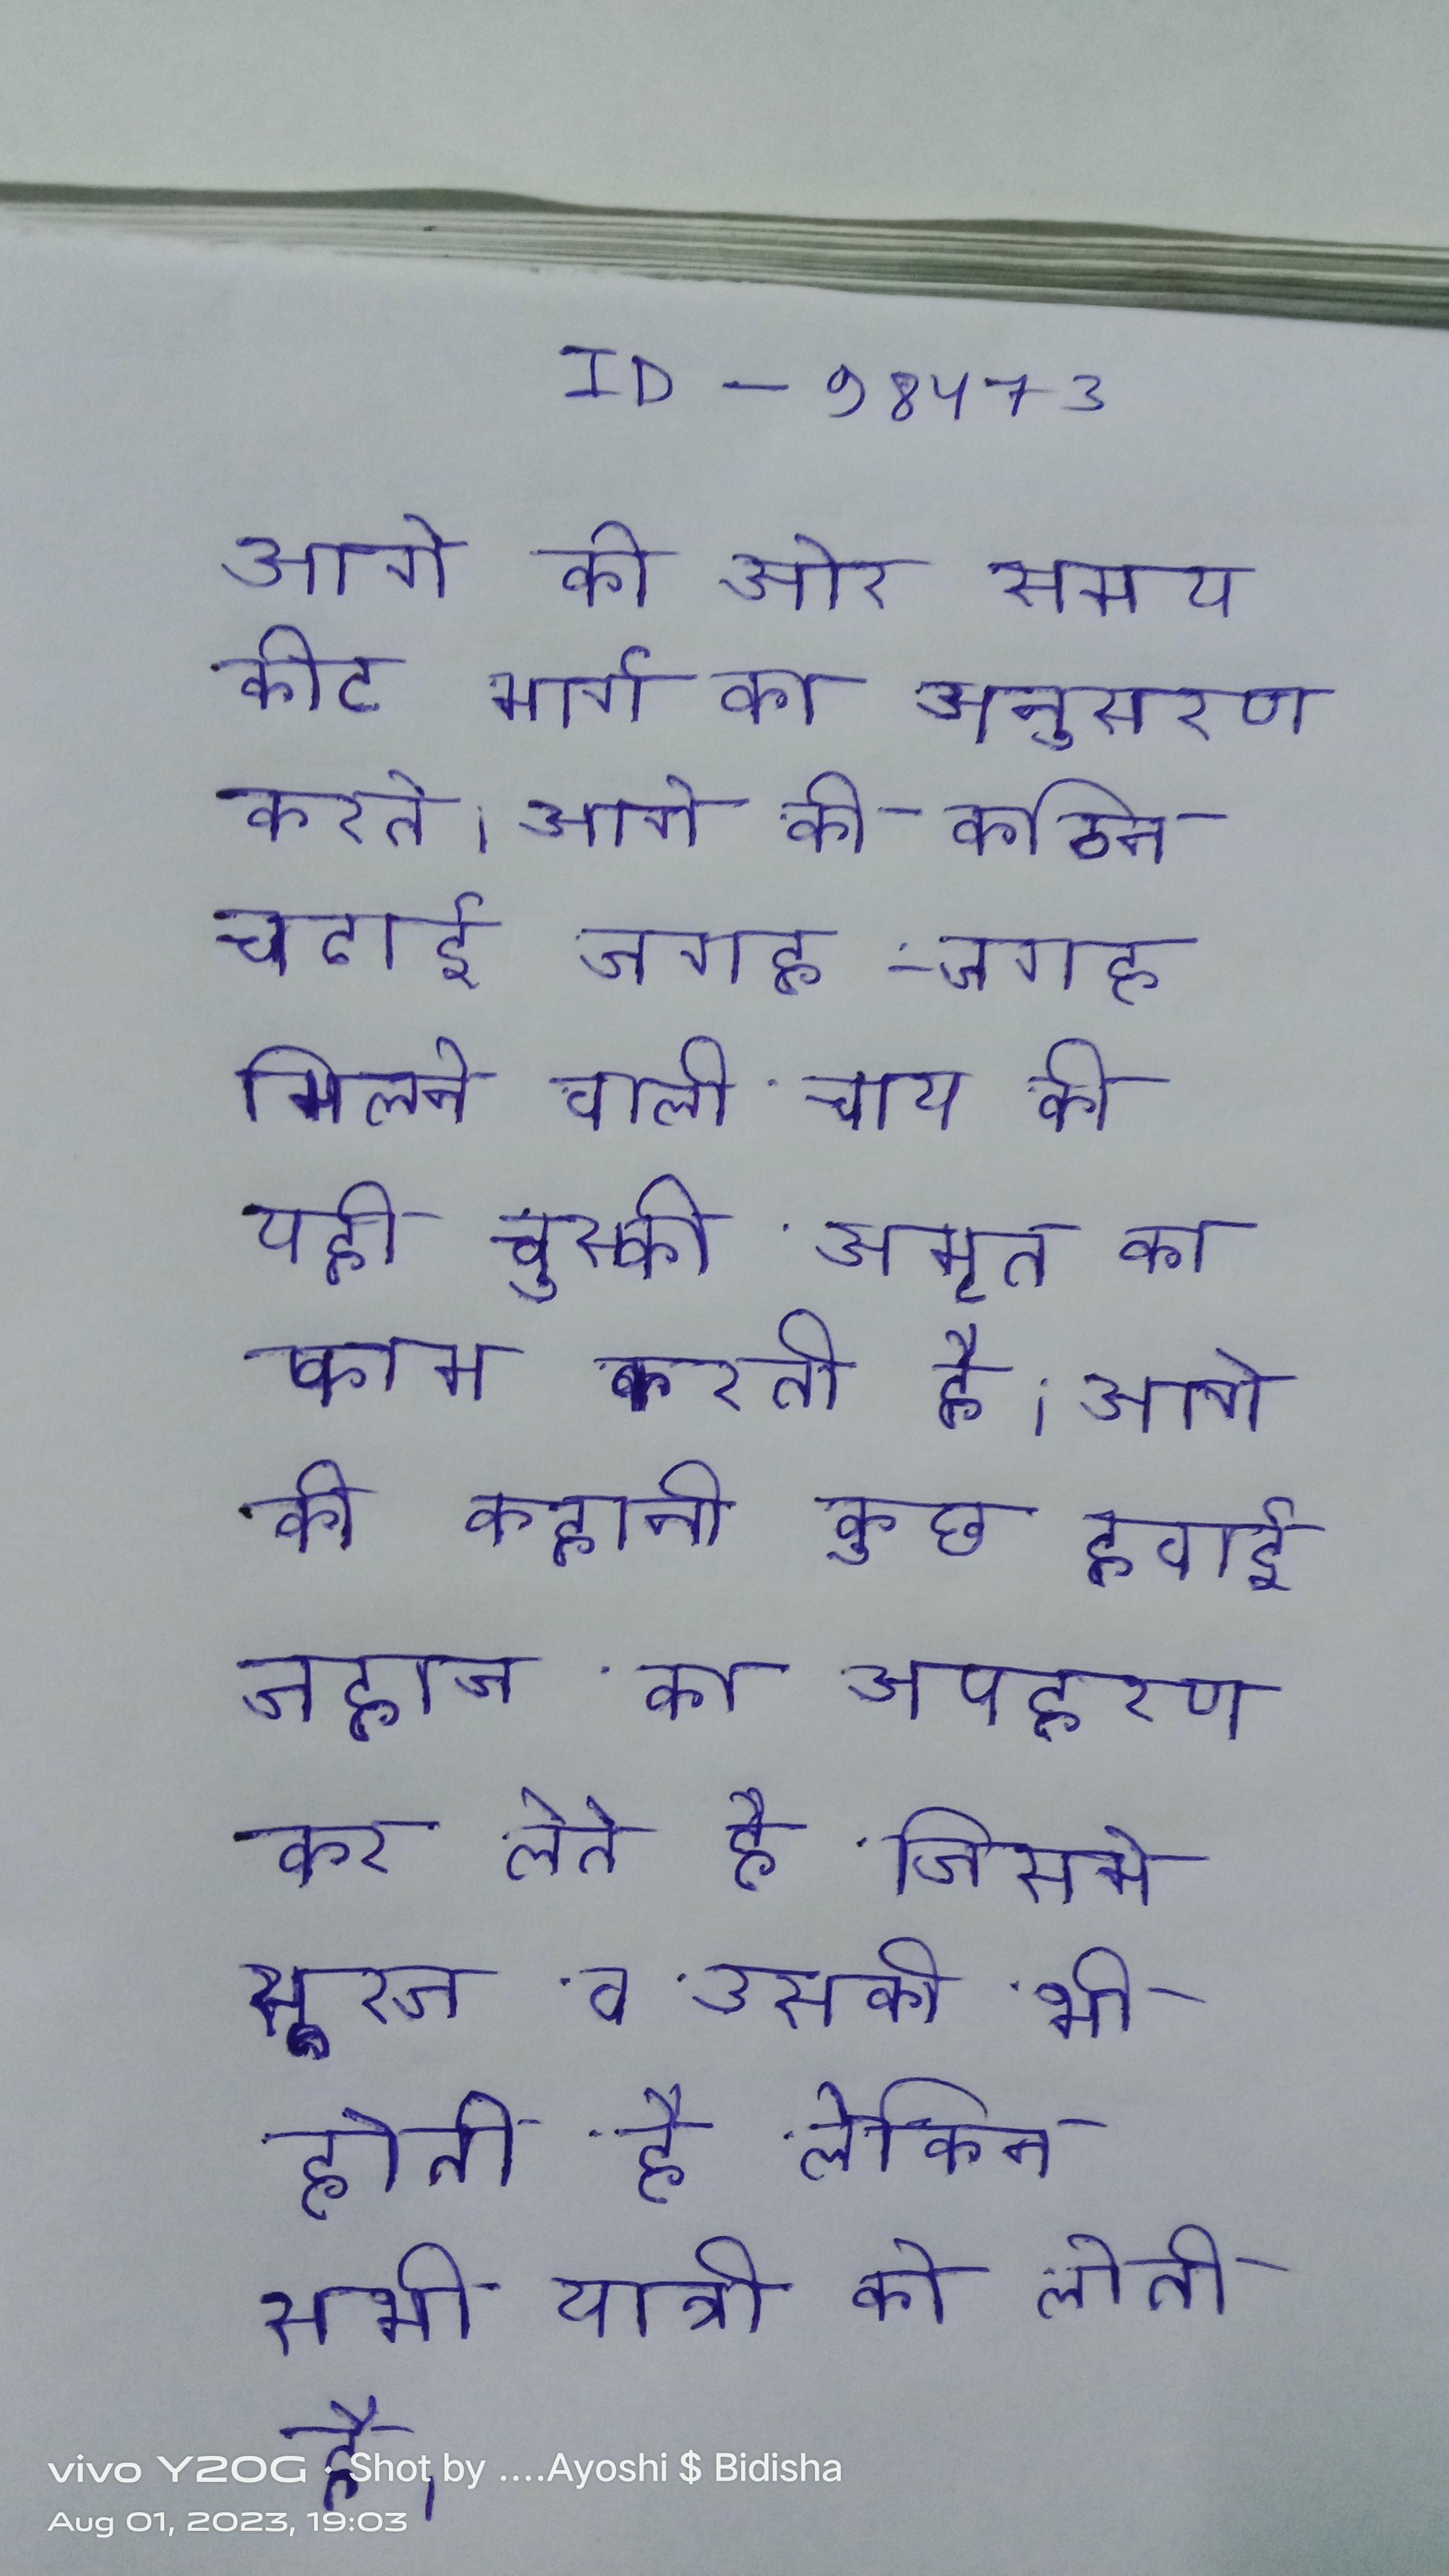
आगे की ओर समय कीट मार्ग का अनुसरण करते । आगे की कठिन चढाई जगह-जगह मिलने वाली चाय की यही चुस्की अमृत का काम करती है । आगे की कहानी कुछ हवाई जहाज का अपहरण कर लेते है जिसमे सूरज व उसकी भी होती है लेकिन सभी यात्री को लेती है ।